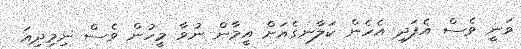
ވަނީ ވެސް އެފަދި އެހެން ކަލާނގެއަށް އީމާން ނުވާ މީހުން ވެސް ނިމިދިއަ